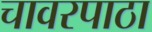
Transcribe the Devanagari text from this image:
चावरपाठा